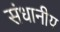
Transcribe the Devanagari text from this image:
संधानीय